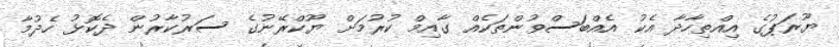
ޔޫރަޕުގެ އިއްތިހާދާ އެކު އެއްބަސްވުންތަކެއް ގާއިމް ކުރުމަށް ޔޫކްރޭނުގެ ސަރުކާރުން ދެކޮޅު ހެދުމާ